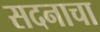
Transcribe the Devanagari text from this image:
सदनाचा